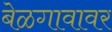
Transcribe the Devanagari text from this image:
बेळगावावर